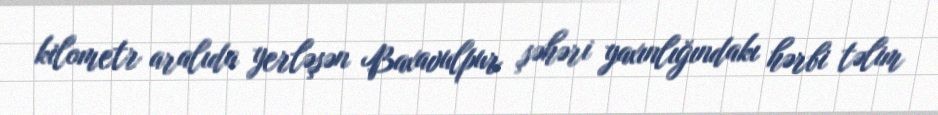
kilometr aralıda yerləşən Baxavulpur şəhəri yaxınlığındakı hərbi təlim